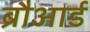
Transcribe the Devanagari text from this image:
ब्रौआर्ड